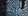
بزيادة